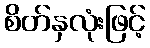
စိတ်နှလုံးဖြင့်